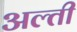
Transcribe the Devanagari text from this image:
अल्ती